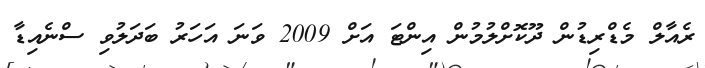
ރެއާލް މެޑްރިޑުން ދޫކޮށްލުމުން އިންޓަ އަށް 2009 ވަނަ އަހަރު ބަދަލުވި ސްނެއިޑާ